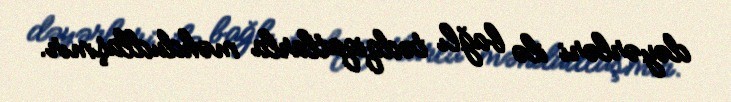
dəyərləri ilə bağlı tədqiqatlarla məhdudlaşmır.